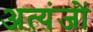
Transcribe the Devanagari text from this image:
अत्यंजों